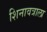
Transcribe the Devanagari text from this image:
शिनावत्राला